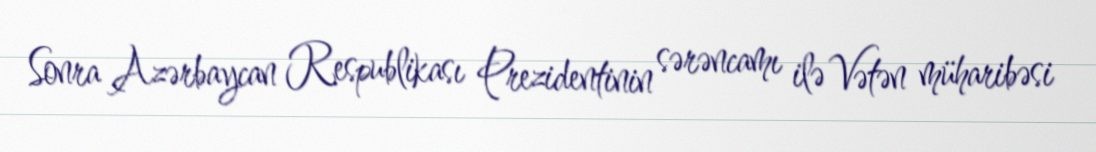
Sonra Azərbaycan Respublikası Prezidentinin sərəncamı ilə Vətən müharibəsi